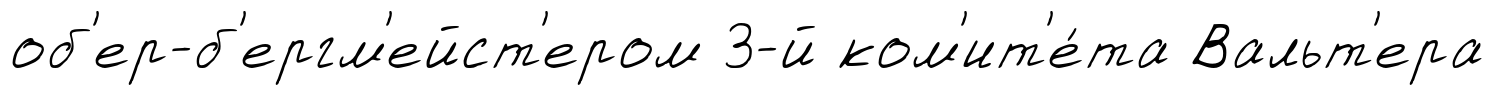
об'ер-б'ергм'ейст'ером 3-й ком'ит'е́та Вальт'ера